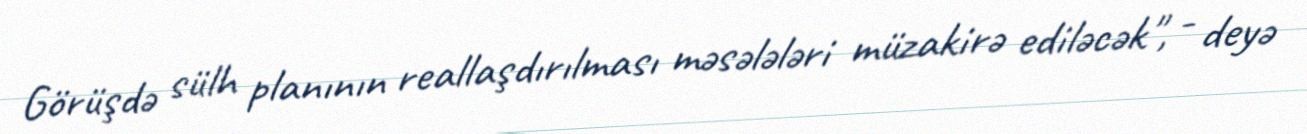
Görüşdə sülh planının reallaşdırılması məsələləri müzakirə ediləcək", - deyə